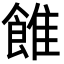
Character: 𩜑